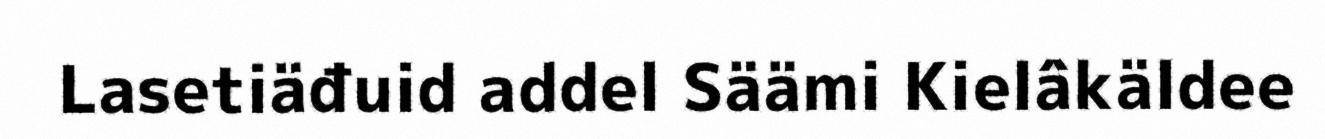
Lasetiäđuid addel Säämi Kielâkäldee